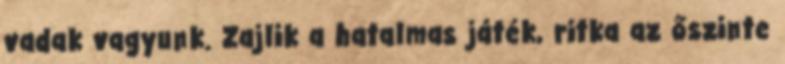
vadak vagyunk. Zajlik a hatalmas játék, ritka az őszinte